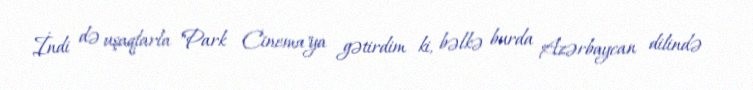
İndi də uşaqlarla "Park Cinema"ya gətirdim ki, bəlkə burda Azərbaycan dilində